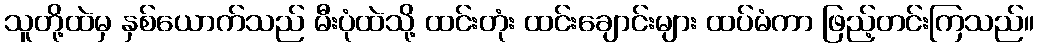
သူတို့ထဲမှ နှစ်ယောက်သည် မီးပုံထဲသို့ ထင်းတုံး ထင်းချောင်းများ ထပ်မံကာ ဖြည့်တင်းကြသည်။